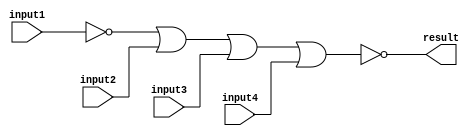
// This program was cloned from: https://github.com/RonnyA/nd-120
// License: MIT License

/******************************************************************************
 ** Logisim-evolution goes FPGA automatic generated Verilog code             **
 ** https://github.com/logisim-evolution/                                    **
 **                                                                          **
 ** Component : NOR_GATE_4_INPUTS                                            **
 **                                                                          **
 *****************************************************************************/

module NOR_GATE_4_INPUTS( input1,
                          input2,
                          input3,
                          input4,
                          result );

   /*******************************************************************************
   ** Here all module parameters are defined with a dummy value                  **
   *******************************************************************************/
   parameter [64:0] BubblesMask = 1;

   /*******************************************************************************
   ** The inputs are defined here                                                **
   *******************************************************************************/
   input input1;
   input input2;
   input input3;
   input input4;

   /*******************************************************************************
   ** The outputs are defined here                                               **
   *******************************************************************************/
   output result;

   /*******************************************************************************
   ** The wires are defined here                                                 **
   *******************************************************************************/
   wire s_realInput1;
   wire s_realInput2;
   wire s_realInput3;
   wire s_realInput4;

   /*******************************************************************************
   ** The module functionality is described here                                 **
   *******************************************************************************/

   /*******************************************************************************
   ** Here the bubbles are processed                                             **
   *******************************************************************************/
   assign  s_realInput1 = (BubblesMask[0] == 1'b0) ? input1 : ~input1;
   assign  s_realInput2 = (BubblesMask[1] == 1'b0) ? input2 : ~input2;
   assign  s_realInput3 = (BubblesMask[2] == 1'b0) ? input3 : ~input3;
   assign  s_realInput4 = (BubblesMask[3] == 1'b0) ? input4 : ~input4;

   /*******************************************************************************
   ** Here the functionality is defined                                          **
   *******************************************************************************/
   assign result = ~(s_realInput1|
                     s_realInput2|
                     s_realInput3|
                     s_realInput4);

endmodule